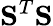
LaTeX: \mathbf{S}^{T}\mathbf{S}